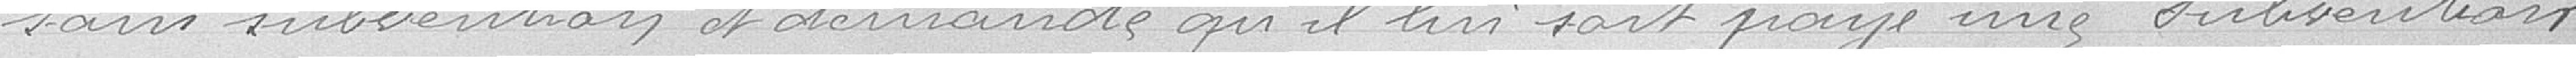
sans subvention et demandes qu'il lui sait payé une subvention